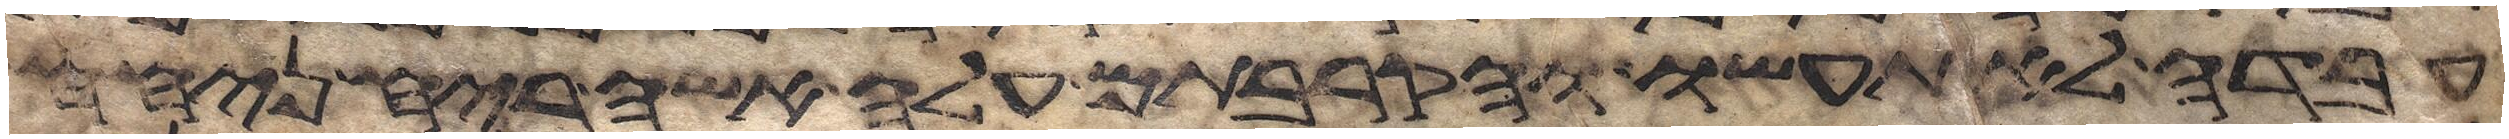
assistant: עבדה לא תעשו והקרבתם עלה אשה ריח ניחח